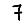
Digit: 7